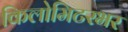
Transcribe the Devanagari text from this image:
किलोमिटरभर